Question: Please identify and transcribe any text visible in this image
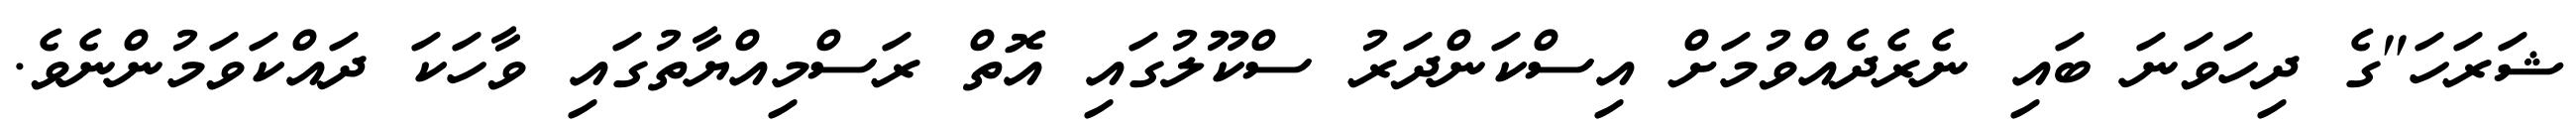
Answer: ޝަރަހަ"ގެ ދިހަވަނަ ބައި ނެރެދެއްވުމަށް އިސްކަންދަރު ސްކޫލުގައި އޮތް ރަސްމިއްޔާތުގައި ވާހަކަ ދައްކަވަމުންނެވެ.